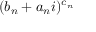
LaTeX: ( b _ { n } + a _ { n } i ) ^ { c _ { n } }